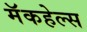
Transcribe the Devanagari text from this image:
मॅकहेल्स